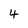
Character: 4